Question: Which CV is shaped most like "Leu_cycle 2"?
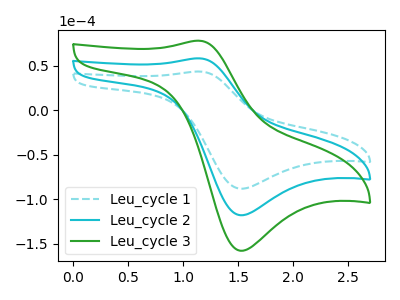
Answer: <think>The cyan dashed curve "Leu_cycle 1" has an anodic peak at (1.15V, 43.70uA) and a cathodic peak at (1.50V, -88.15uA). The cyan curve "Leu_cycle 2" has an anodic peak at (1.15V, 58.55uA) and a cathodic peak at (1.50V, -118.00uA). The green curve "Leu_cycle 3" has an anodic peak at (1.15V, 117.05uA) and a cathodic peak at (1.50V, -236.00uA).
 All the peaks in "Leu_cycle 1" have a peak in "Leu_cycle 2" at the same potential. Every peak in "Leu_cycle 1" is lower than every peak in "Leu_cycle 2". All the peaks in "Leu_cycle 1" have a peak in "Leu_cycle 3" at the same potential. Every peak in "Leu_cycle 1" is lower than every peak in "Leu_cycle 3". All the peaks in "Leu_cycle 2" have a peak in "Leu_cycle 3" at the same potential. Every peak in "Leu_cycle 2" is lower than every peak in "Leu_cycle 3".</think>
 <answer>"Leu_cycle 2" and "Leu_cycle 3" have a similar shape to "Leu_cycle 1".</answer>
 <eval>"Leu_cycle 2" "Leu_cycle 3"</eval>